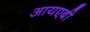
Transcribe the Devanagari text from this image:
आयएबी